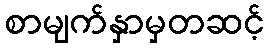
စာမျက်နှာမှတဆင့်